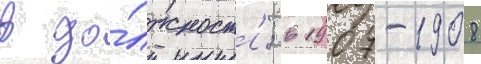
в до́лжност'и; в 1907-1908